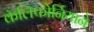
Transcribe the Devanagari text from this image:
कॅलिफोर्नियाने